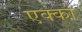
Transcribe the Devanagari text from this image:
एक्को